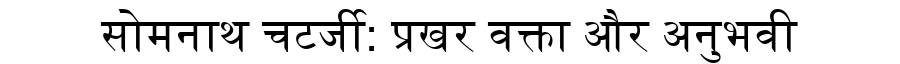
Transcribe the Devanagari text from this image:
सोमनाथ चटर्जी: प्रखर वक्ता और अनुभवी